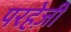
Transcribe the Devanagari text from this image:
परहेज़ी